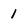
Character: 1